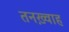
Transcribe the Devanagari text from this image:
तनख़्वाह